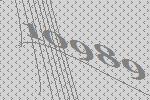
10989